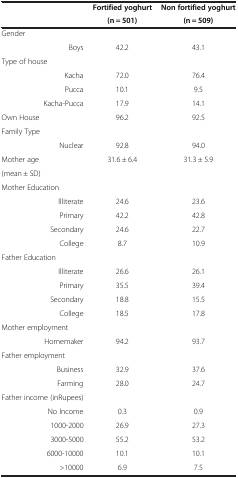
<table><thead><tr><td><b> </b></td><td><b>Fortified yoghurt</b></td><td><b>Non fortified yoghurt</b></td></tr><tr><td><b> </b></td><td><b>(n = 501)</b></td><td><b>(n = 509)</b></td></tr></thead><tbody><tr><td>Gender</td><td> </td><td> </td></tr><tr><td>Boys</td><td>42.2</td><td>43.1</td></tr><tr><td>Type of house</td><td> </td><td> </td></tr><tr><td>Kacha</td><td>72.0</td><td>76.4</td></tr><tr><td>Pucca</td><td>10.1</td><td>9.5</td></tr><tr><td>Kacha-Pucca</td><td>17.9</td><td>14.1</td></tr><tr><td>Own House</td><td>96.2</td><td>92.5</td></tr><tr><td>Family Type</td><td> </td><td> </td></tr><tr><td>Nuclear</td><td>92.8</td><td>94.0</td></tr><tr><td>Mother age</td><td>31.6 ± 6.4</td><td>31.3 ± 5.9</td></tr><tr><td>(mean ± SD)</td><td> </td><td> </td></tr><tr><td>Mother Education</td><td> </td><td> </td></tr><tr><td>Illiterate</td><td>24.6</td><td>23.6</td></tr><tr><td>Primary</td><td>42.2</td><td>42.8</td></tr><tr><td>Secondary</td><td>24.6</td><td>22.7</td></tr><tr><td>College</td><td>8.7</td><td>10.9</td></tr><tr><td>Father Education</td><td> </td><td> </td></tr><tr><td>Illiterate</td><td>26.6</td><td>26.1</td></tr><tr><td>Primary</td><td>35.5</td><td>39.4</td></tr><tr><td>Secondary</td><td>18.8</td><td>15.5</td></tr><tr><td>College</td><td>18.5</td><td>17.8</td></tr><tr><td>Mother employment</td><td> </td><td> </td></tr><tr><td>Homemaker</td><td>94.2</td><td>93.7</td></tr><tr><td>Father employment</td><td> </td><td> </td></tr><tr><td>Business</td><td>32.9</td><td>37.6</td></tr><tr><td>Farming</td><td>28.0</td><td>24.7</td></tr><tr><td>Father income (inRupees)</td><td> </td><td> </td></tr><tr><td>No Income</td><td>0.3</td><td>0.9</td></tr><tr><td>1000-2000</td><td>26.9</td><td>27.3</td></tr><tr><td>3000-5000</td><td>55.2</td><td>53.2</td></tr><tr><td>6000-10000</td><td>10.1</td><td>10.1</td></tr><tr><td>&gt;10000</td><td>6.9</td><td>7.5</td></tr></tbody></table>